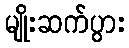
မျိုးဆက်ပွား